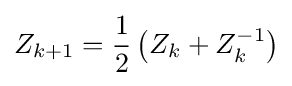
Z_{k+1}={\frac {1}{2}}\left(Z_{k}+Z_{k}^{-1}\right)